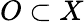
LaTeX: O\subset X